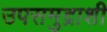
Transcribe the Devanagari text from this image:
उपसमुद्राशी